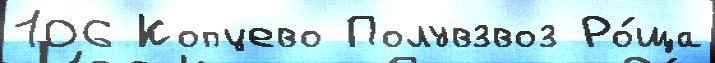
106 Копцево Полувзвоз Ро́ща